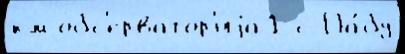
км обс'ерватор'иjа1 с Па́бу